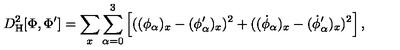
D _ { \mathrm { H } } ^ { 2 } [ \Phi , \Phi ^ { \prime } ] = \sum _ { x } \sum _ { \alpha = 0 } ^ { 3 } \left[ ( ( \phi _ { \alpha } ) _ { x } - ( \phi _ { \alpha } ^ { \prime } ) _ { x } ) ^ { 2 } + ( ( \dot { \phi } _ { \alpha } ) _ { x } - ( \dot { \phi } _ { \alpha } ^ { \prime } ) _ { x } ) ^ { 2 } \right] ,